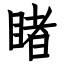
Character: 睹